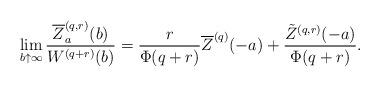
LaTeX: \begin{align*}\lim_{b \uparrow\infty}\frac{\overline{Z}_a^{(q,r)}(b)}{W^{(q+r)}(b)}&=\frac{r}{\Phi(q+r)}\overline{Z}^{(q)}(-a)+ \frac {\tilde{Z}^{(q,r)}(-a)} {\Phi(q+r)}. \end{align*}